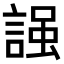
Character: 𧪎